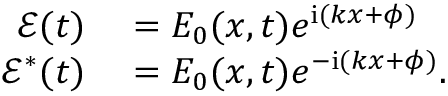
\begin{array} { r l } { \mathcal { E } ( t ) } & { { } = E _ { 0 } ( x , t ) e ^ { \mathrm { { i } } ( k x + \phi ) } } \\ { \mathcal { E } ^ { * } ( t ) } & { { } = E _ { 0 } ( x , t ) e ^ { - \mathrm { { i } } ( k x + \phi ) } . } \end{array}